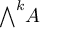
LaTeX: { \textstyle \bigwedge } ^ { k } A